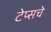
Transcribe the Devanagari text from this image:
टेप्सचे